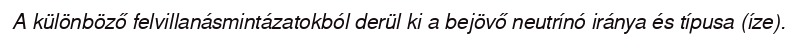
A különböző felvillanásmintázatokból derül ki a bejövő neutrínó iránya és típusa (íze).